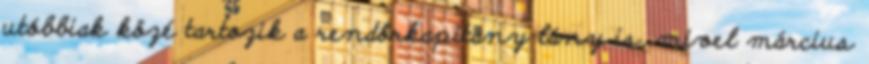
utóbbiak közé tartozik a rendőrkapitány lány is, mivel március